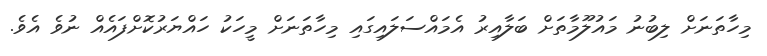
މިހާތަނަށް ލިބުނު މައުލޫމާތަށް ބަލާއިރު އެމައްސަލައިގައި މިހާތަނަށް މީހަކު ހައްޔަރުކޮށްފައެއް ނުވެ އެވެ.